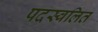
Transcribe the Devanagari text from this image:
पदस्वलित